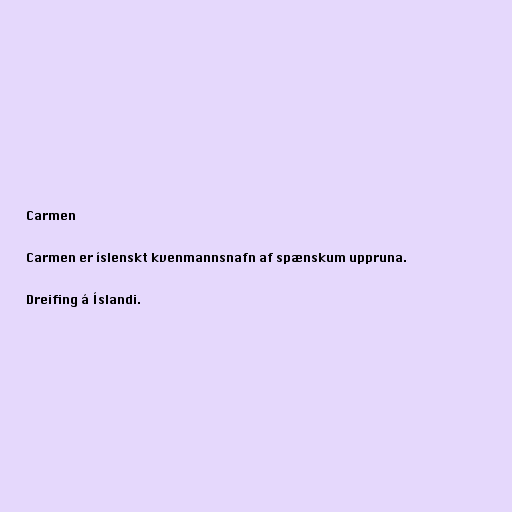
Carmen

Carmen er íslenskt kvenmannsnafn af spænskum uppruna.

Dreifing á Íslandi.